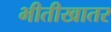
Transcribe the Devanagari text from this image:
भीतीखातर